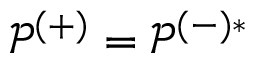
\mathcal { P } ^ { ( + ) } = \mathcal { P } ^ { ( - ) * }